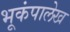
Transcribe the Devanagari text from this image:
भूकंपालेख